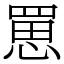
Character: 罳